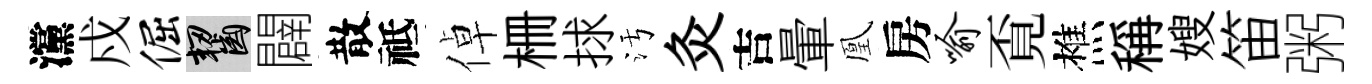
灙戍倔齧闢散祗倬栅捄污灸吉暈凰房喻覔樵稱嫂笛粥